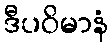
ဒီပဝိမာနံ